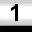
Digit: 1